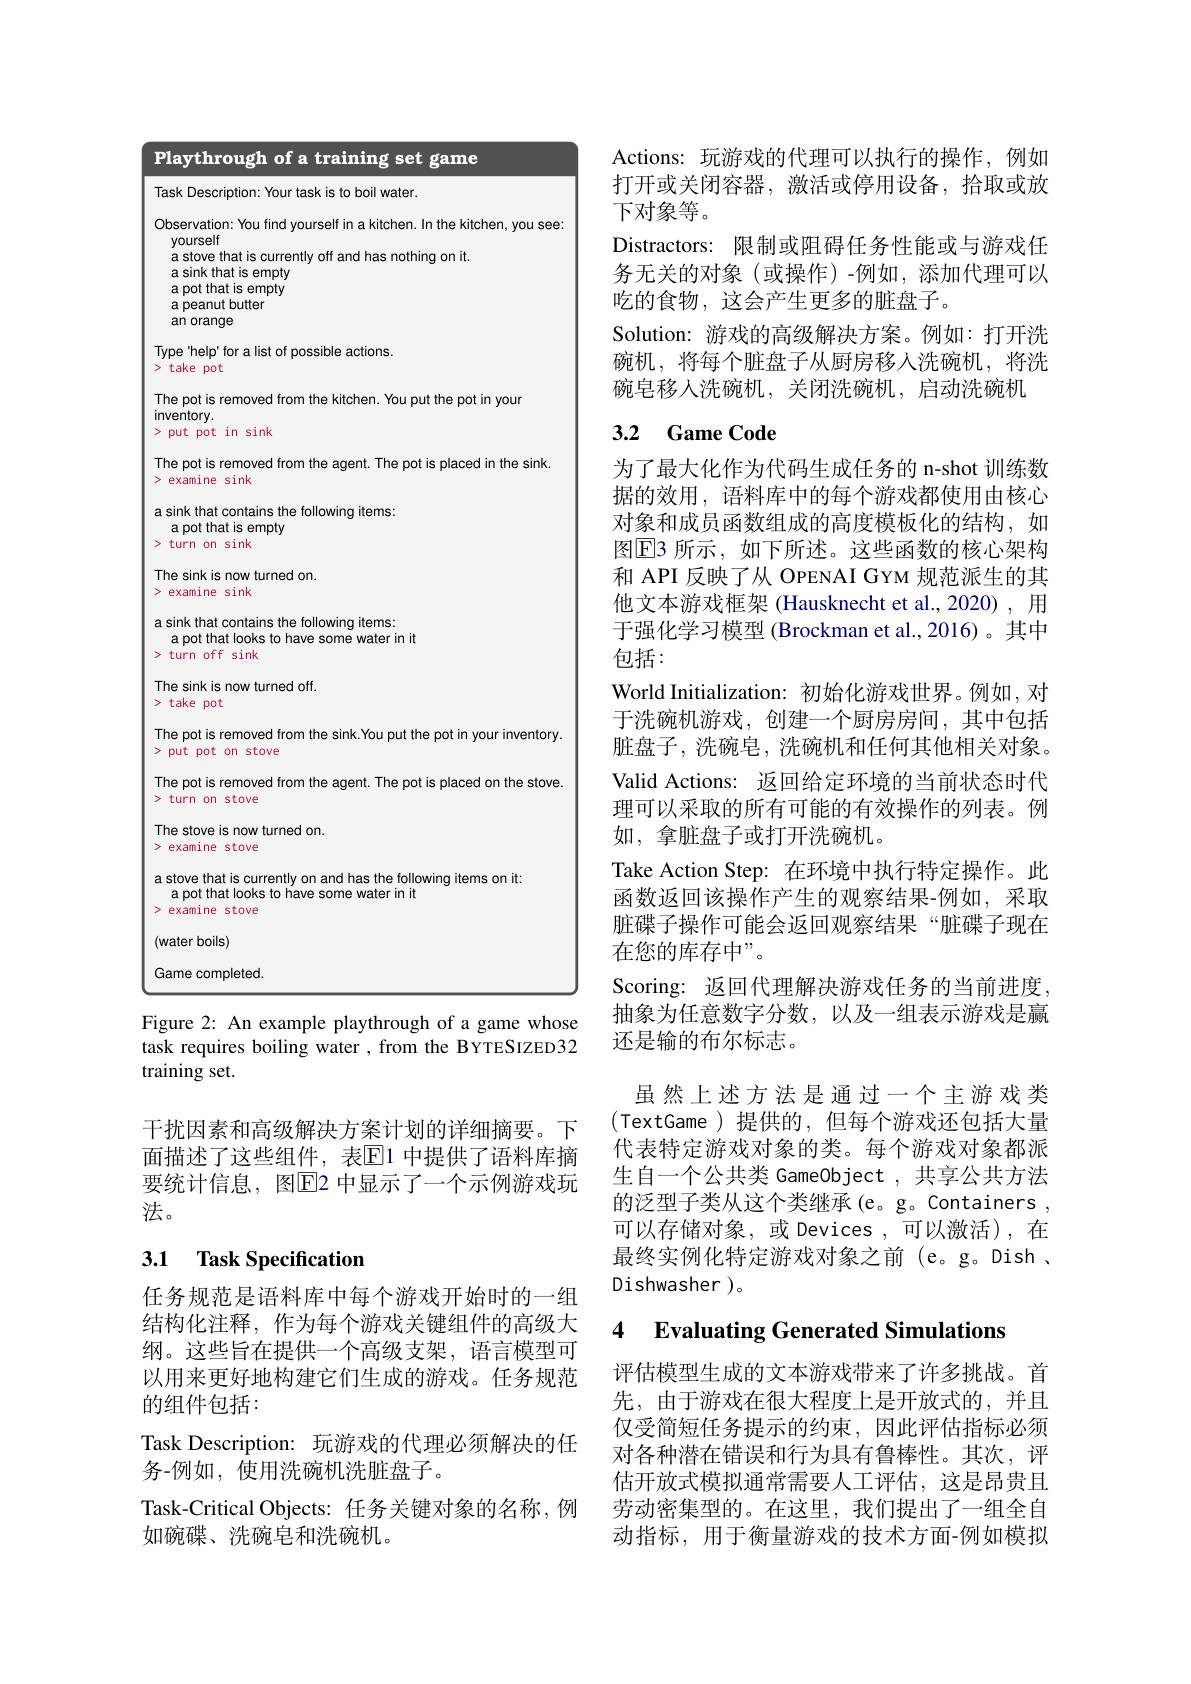
Playthrough of a training set game

Task Description: Your task is to boil water.

Observation: You find yourself in a kitchen. In the kitchen, you see:

yourself

a stove that is currently off and has nothing on it.

a sink that is empty

a pot that is empty

$\begin{array}{l}\text{a peanut butter}\\\text{an orange}\end{array}$

Type help' for a list of possible actions.

> take pot

The pot is removed from the kitchen. You put the pot in your

inventory.

>put pot in sink

The pot is removed from the agent. The pot is placed in the sink.

> examine sink

a sink that contains the following items:

apot that is empty

> turn on sink

The sink is now turned on.

> examine sink

a sink that contains the following items:

apot that looks to have some water in it

$>turnoffsink$

The sink is now turned off.

>take pot

The pot is removed from the sink.You put the pot in your inventory.

>put pot on stove

The pot is removed from the agent. The pot is placed on the stove.

> turn on stove

The stove is now turned on.

examine stove

a stove that is currently on and has the following items on it: a pot that looks to have some water in it

examine stove

(water boils)

Game completed

Figure 2: An example playthrough of a game whose task requires boiling water , from the BYTESIZED32 training set.

干扰因素和高级解决方案计划的详细摘要。下面描述了这些组件，表$\overline{\mathbb{E}}$1 中提供了语料库摘要统计信息，图$\overline{\mathrm{E}}$2 中显示了一个示例游戏玩法。

# 3.1 Task Specification

任务规范是语料库中每个游戏开始时的一组结构化注释，作为每个游戏关键组件的高级大纲。这些旨在提供一个高级支架，语言模型可以用来更好地构建它们生成的游戏。任务规范的组件包括：
Task Description: 玩游戏的代理必须解决的任
务-例如，使用洗碗机洗脏盘子。
Task-Critical Objects: 任务关键对象的名称，例
如碗碟、洗碗皂和洗碗机。

Actions: 玩游戏的代理可以执行的操作，例如打开或关闭容器，激活或停用设备，拾取或放下对象等。
Distractors: 限制或阻碍任务性能或与游戏任务无关的对象(或操作)-例如，添加代理可以吃的食物，这会产生更多的脏盘子。
Solution: 游戏的高级解决方案。例如：打开洗碗机，将每个脏盘子从厨房移人洗碗机，将洗碗皂移人洗碗机，关闭洗碗机，启动洗碗机

# 3.2 Game Code

为了最大化作为代码生成任务的 n-shot 训练数据的效用，语料库中的每个游戏都使用由核心对象和成员函数组成的高度模板化的结构，如图$\operatorname{E}$3 所示，如下所述。这些函数的核心架构和 API 反映了从 OPENAI GYM 规范派生的其他文本游戏框架 (Hausknecht et al.,2020), 用于强化学习模型 (Brockman et al.,2016)。其中包括：
World Initialization: 初始化游戏世界。例如，对于洗碗机游戏，创建一个厨房房间，其中包括脏盘子，洗碗皂，洗碗机和任何其他相关对象。Valid Actions: 返回给定环境的当前状态时代理可以采取的所有可能的有效操作的列表。例如，拿脏盘子或打开洗碗机。
Take Action Step: 在环境中执行特定操作。此函数返回该操作产生的观察结果-例如，采取脏碟子操作可能会返回观察结果“脏碟子现在在您的库存中”。
Scoring: 返回代理解决游戏任务的当前进度， 抽象为任意数字分数，以及一组表示游戏是赢还是输的布尔标志。
虽然上述方法是通过一个主游戏类(TextGame )提供的，但每个游戏还包括大量代表特定游戏对象的类。每个游戏对象都派生自一个公共类 Game0bject , 共享公共方法的泛型子类从这个类继承(e。g。Containers , 可以存储对象，或 Devices ,可以激活),在最终实例化特定游戏对象之前 (e。g。Dish , Dishwasher )。
4 Evaluating Generated Simulations

评估模型生成的文本游戏带来了许多挑战。首先，由于游戏在很大程度上是开放式的，并且仅受简短任务提示的约束，因此评估指标必须对各种潜在错误和行为具有鲁棒性。其次，评估开放式模拟通常需要人工评估，这是昂贵且劳动密集型的。在这里，我们提出了一组全自动指标，用于衡量游戏的技术方面-例如模拟